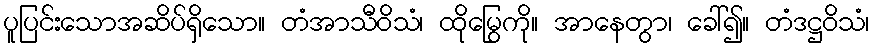
ပူပြင်းသောအဆိပ်ရှိသော။ တံအာသီဝိသံ၊ ထိုမြွေကို။ အာနေတွာ၊ ခေါ်၍။ တံဒဋ္ဌဝိသံ၊